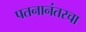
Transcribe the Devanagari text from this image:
पतनानंतरचा